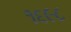
૧૬૯૮